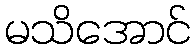
မသိအောင်